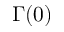
\Gamma ( 0 )